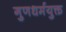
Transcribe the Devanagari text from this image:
गुणधर्मयुक्त